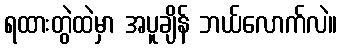
ရထားတွဲထဲမှာ အပူချိန် ဘယ်လောက်လဲ။